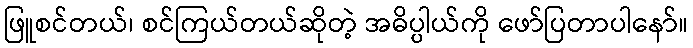
ဖြူစင်တယ်၊ စင်ကြယ်တယ်ဆိုတဲ့ အဓိပ္ပါယ်ကို ဖော်ပြတာပါနော်။